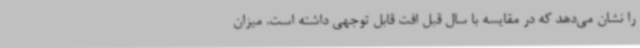
را نشان می‌دهد که در مقایسه با سال قبل افت قابل توجهی داشته است. میزان